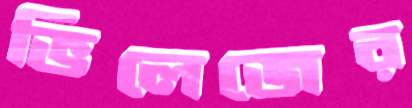
ভিলেজের